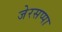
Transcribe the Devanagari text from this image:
जेरसप्पा